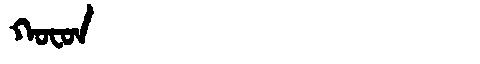
Manchu: ᡴᠣᠸᠣᠨ
Romanization: KOFON